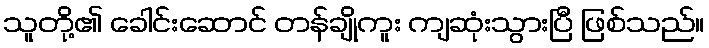
သူတို့၏ ခေါင်းဆောင် တန်ချိုကူး ကျဆုံးသွားပြီ ဖြစ်သည်။